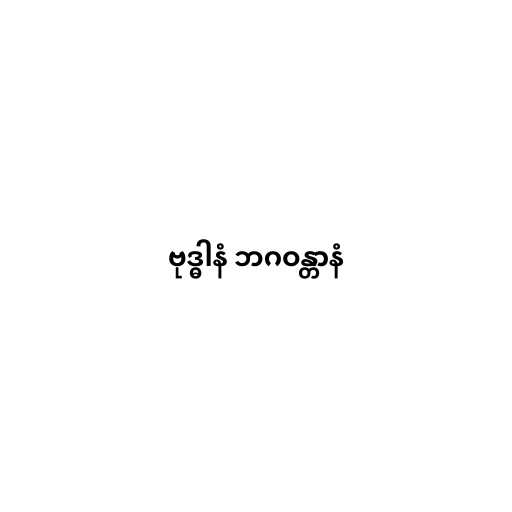
ဗုဒ္ဓါနံ ဘဂဝန္တာနံ